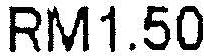
RM1.50